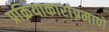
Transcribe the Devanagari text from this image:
प्रक्रियाकारांप्रमाणे